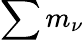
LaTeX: \sum m_{\nu}